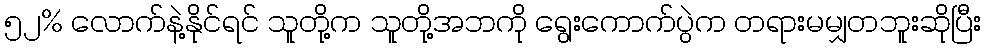
၅၂% လောက်နဲ့နိုင်ရင် သူတို့က သူတို့အဘကို ရွေးကောက်ပွဲက တရားမမျှတဘူးဆိုပြီး